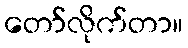
တော်လိုက်တာ။